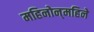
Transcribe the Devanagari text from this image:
महिनोन्‌महिने